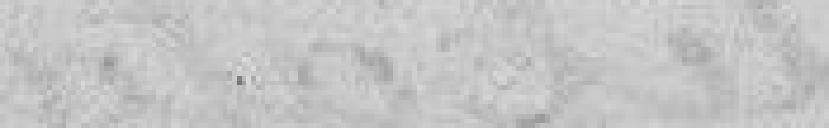
La ville de Belfort partage l'allégresse universelle